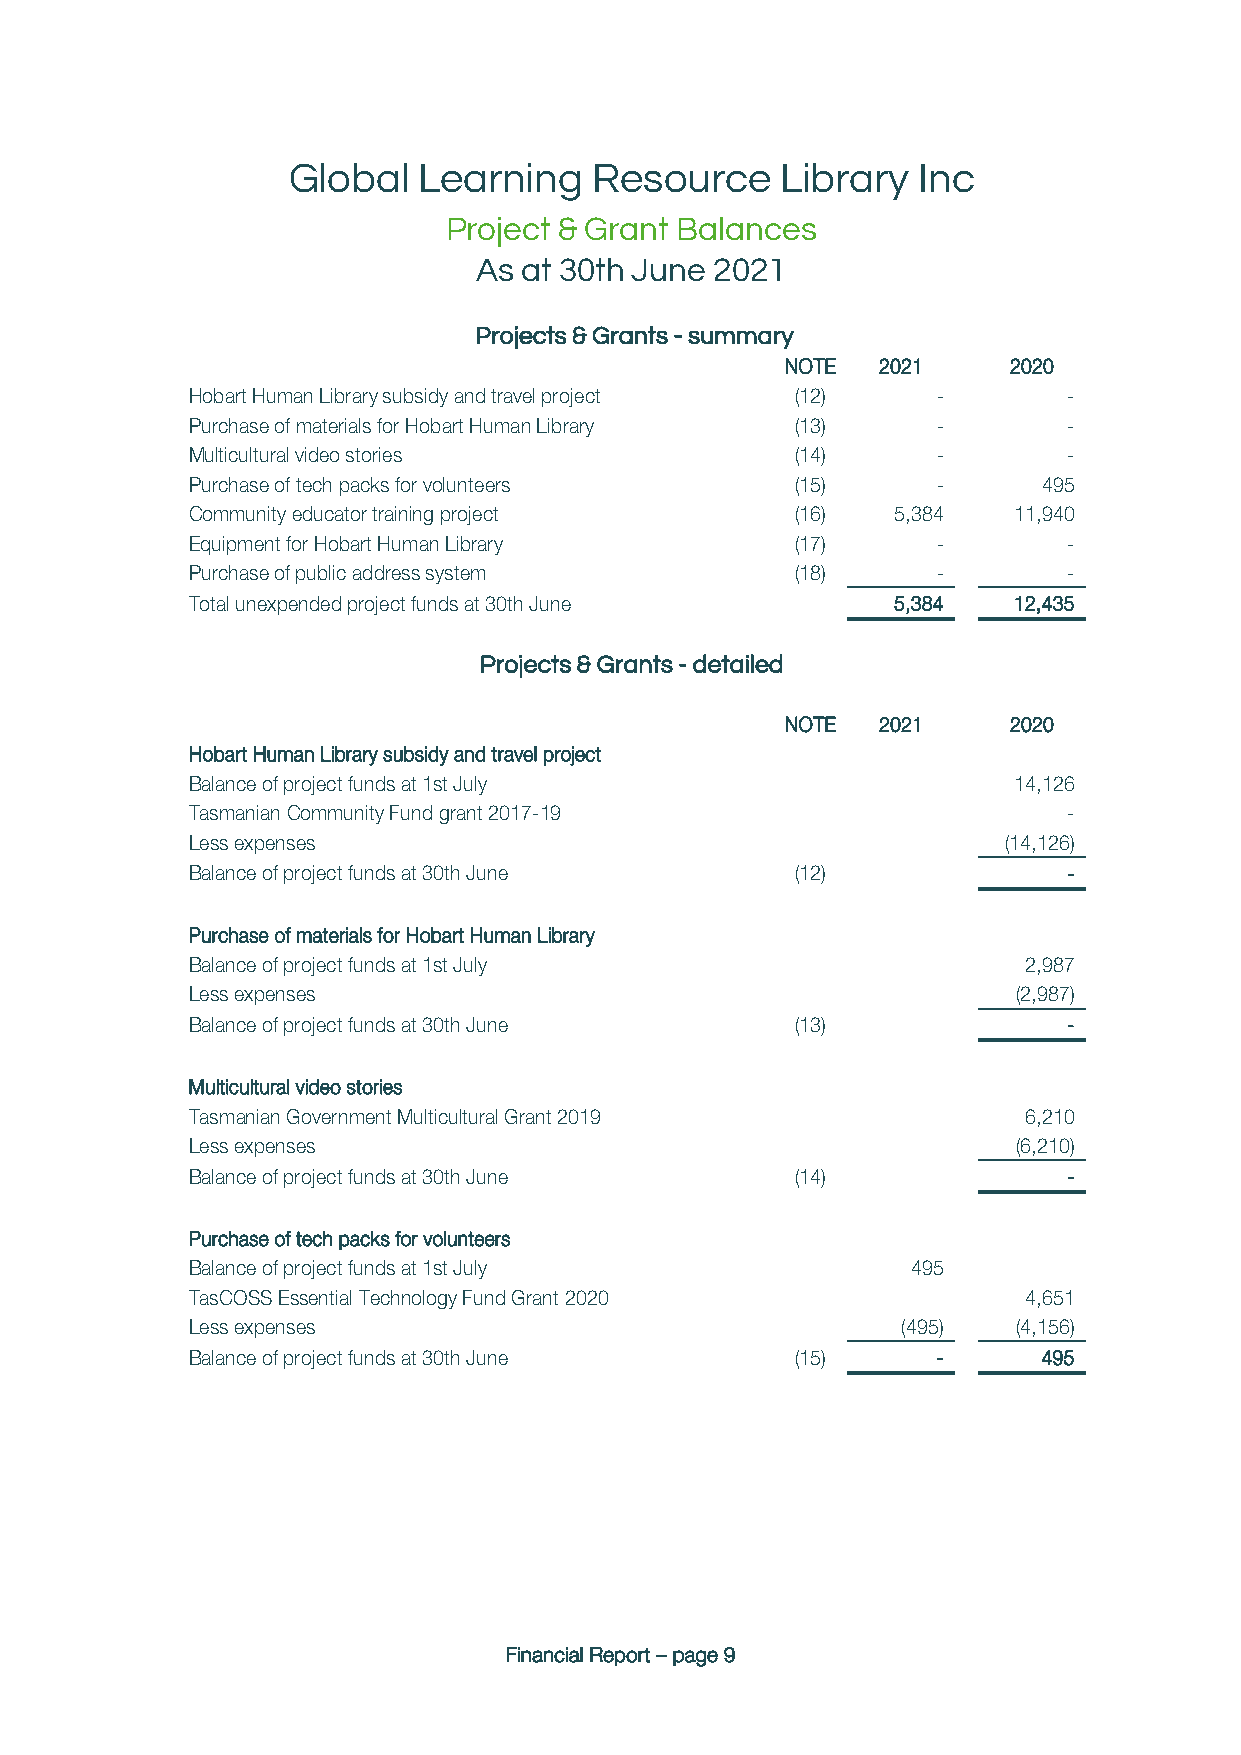
Global   Learning   Resource     Library  Inc
 Project & Grant Balances
 As at 30th June 2021
 Projects & Grants - summary
 NOTE  2021     2020
 Hobart Human Library subsidy and travel project (12) -     -
 Purchase of materials for Hobart Human Library (13) -      -
 Multicultural video stories              (14)     -        -
 Purchase of tech packs for volunteers    (15)     -      495
 Community educator training project      (16)  5,384   11,940
 Equipment for Hobart Human Library       (17)     -        -
 Purchase of public address system        (18)     -        -
 Total unexpended project funds at 30th June    5,384   12,435
 Projects & Grants - detailed
 NOTE  2021     2020
 Hobart Human Library subsidy and travel project
 Balance of project funds at 1st July                   14,126
 Tasmanian Community Fund grant 2017-19                     -
 Less expenses                                         (14,126)
 Balance of project funds at 30th June    (12)              -
 Purchase of materials for Hobart Human Library
 Balance of project funds at 1st July                    2,987
 Less expenses                                          (2,987)
 Balance of project funds at 30th June    (13)              -
 Multicultural video stories
 Tasmanian Government Multicultural Grant 2019           6,210
 Less expenses                                          (6,210)
 Balance of project funds at 30th June    (14)              -
 Purchase of tech packs for volunteers
 Balance of project funds at 1st July            495
 TasCOSS Essential Technology Fund Grant 2020            4,651
 Less expenses                                   (495)  (4,156)
 Balance of project funds at 30th June    (15)     -      495
 Financial Report – page 9